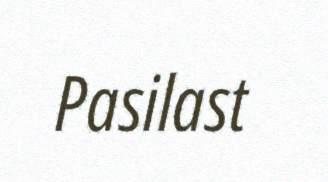
Pasilast